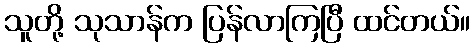
သူတို့ သုသာန်က ပြန်လာကြပြီ ထင်တယ်။